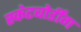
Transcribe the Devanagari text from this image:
स्केटबोर्डींग